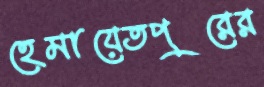
হেমায়েতপুরের